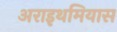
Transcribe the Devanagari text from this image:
अराइथमियास